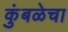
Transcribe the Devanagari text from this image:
कुंबळेचा